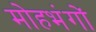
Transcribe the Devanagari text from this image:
मोहभंगों